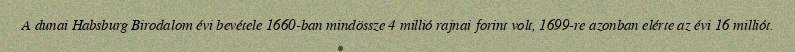
A dunai Habsburg Birodalom évi bevétele 1660-ban mindössze 4 millió rajnai forint volt, 1699-re azonban elérte az évi 16 milliót.